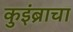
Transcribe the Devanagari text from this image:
कुइंब्राचा